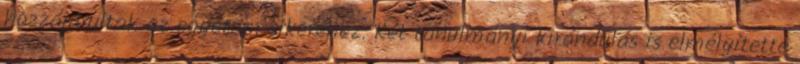
hozzájárultak az egyetem sikeréhez. Két tanulmányi kirándulás is elmélyítette